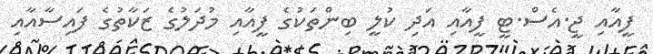
ފީއާއި ޖީ.އެސް.ޓީ ފީއާއި އަދި ކުލީ ބިންތަކުގެ ފީއާއި މުދަލުގެ ޒަކާތުގެ ފައިސާއާއި